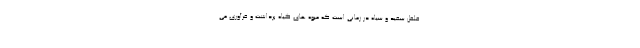
فلفل سفید و سیاه در زمانی است که میوه های گیاه برداشت و فرآوری می‌